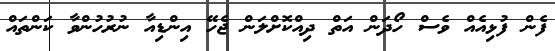
ފެން ފުޅިއެއް ވެސް ހޯދަން އަތް ދިއްކޮށްލަން ޖެހޭ އިންޑިއާ ނުރުހުންވާ ކަންތައް